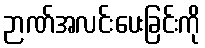
ဉာဏ်အလင်းပေးခြင်းကို